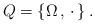
LaTeX: \begin{align*}Q=\{\Omega\,,\,\cdot\,\}\,.\end{align*}